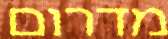
מדרום